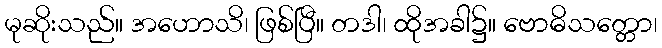
မုဆိုးသည်။ အဟောသိ၊ ဖြစ်ပြီ။ တဒါ၊ ထိုအခါ၌။ ဗောဓိသတ္တော၊